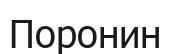
Поронин